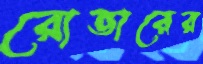
রোভারের